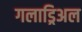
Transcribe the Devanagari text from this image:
गलाड्रिअल